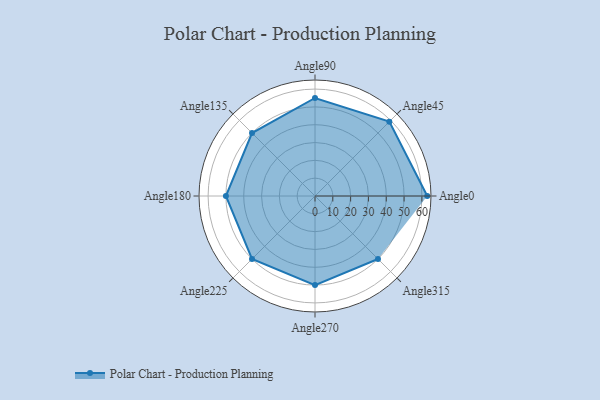
{"axis": {"x": "Angle", "y": "Radius"}, "legend": [""], "data": [{"x": "Angle0", "y": 63.0, "type": ""}, {"x": "Angle45", "y": 59.0, "type": ""}, {"x": "Angle90", "y": 55.0, "type": ""}, {"x": "Angle135", "y": 50, "type": ""}, {"x": "Angle180", "y": 50, "type": ""}, {"x": "Angle225", "y": 50, "type": ""}, {"x": "Angle270", "y": 50, "type": ""}, {"x": "Angle315", "y": 50, "type": ""}]}